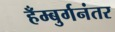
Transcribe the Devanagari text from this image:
हँम्बुर्गनंतर